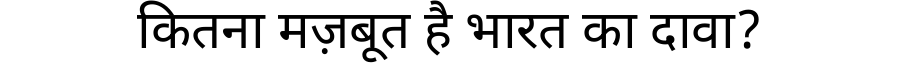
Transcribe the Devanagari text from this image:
कितना मज़बूत है भारत का दावा?